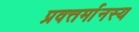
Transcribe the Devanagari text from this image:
प्रवत्तर्मानस्य